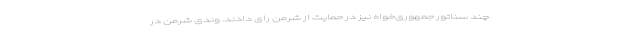
چند سناتور جمهوری‌خواه نیز در حمایت از شرمن رای دادند. وندی شرمن در